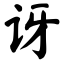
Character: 讶